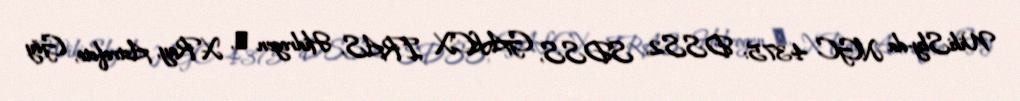
WikiSky-da NGC 4375: DSS2, SDSS, GALEX, IRAS, Hidrogen α, X-Ray, Astrofoto, Göy